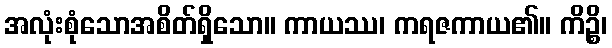
အလုံးစုံသောအစိတ်ရှိသော။ ကာယဿ၊ ကရဇကာယ၏။ ကိဉ္စိ၊